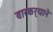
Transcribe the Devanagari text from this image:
वारकर्‍याने